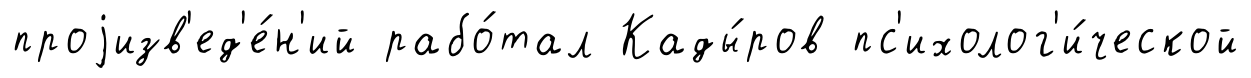
проjизв'ед'е́н'ий рабо́тал Кады́ров пс'ихолог'и́ческой